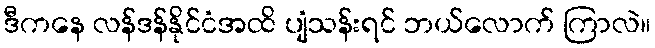
ဒီကနေ လန်ဒန်နိုင်ငံအထိ ပျံသန်းရင် ဘယ်လောက် ကြာလဲ။